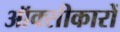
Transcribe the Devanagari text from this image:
ऑक्सीकारों